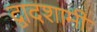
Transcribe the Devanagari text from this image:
द्वादशामी